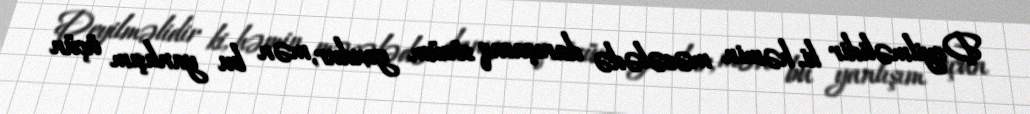
Deyilməlidir ki, həmin məsələdə danışacaq sözüm yoxdur, mən bu yanlışım üçün